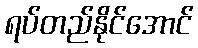
ရပ်တည်နိုင်အောင်